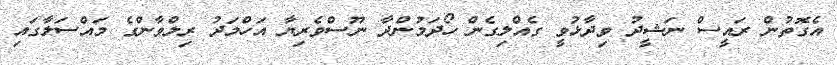
އެގޮތުން ރައީސް ނަޝީދު ވިދާޅުވީ ގެއްލިގެން ހޯދަމުންދާ ނޫސްވެރިޔާ އަހްމަދު ރިލްވާންގެ މައްސަލާގައި